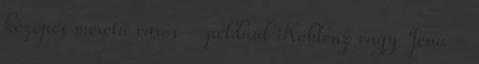
közepes méretű város - például Koblenz vagy Jéna -